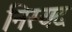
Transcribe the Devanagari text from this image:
निस्यद